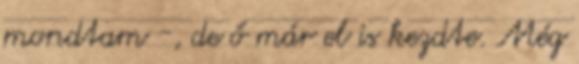
mondtam -, de ő már el is kezdte. Még